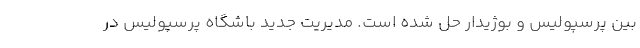
بین پرسپولیس و بوژیدار حل شده است. مدیریت جدید باشگاه پرسپولیس در